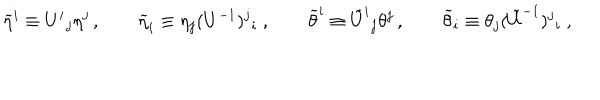
LaTeX: \widetilde { \eta } ^ { i } \equiv U ^ { i } { } _ { j } \eta ^ { j } \, , \qquad \widetilde { \eta } _ { i } \equiv \eta _ { j } ( U ^ { - 1 } ) ^ { j } { } _ { i } \ , \qquad \widetilde { \theta } ^ { i } \equiv \tilde { U } ^ { i } { } _ { j } \theta ^ { j } \, , \qquad \widetilde { \theta } _ { i } \equiv \theta _ { j } ( \tilde { U } ^ { - 1 } ) ^ { j } { } _ { i } \ ,